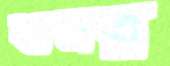
বানর